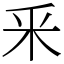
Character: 釆